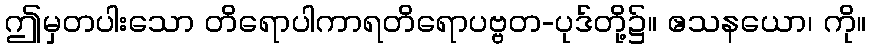
ဤမှတပါးသော တိရောပါကာရတိရောပဗ္ဗတ-ပုဒ်တို့၌။ ဧသနယော၊ ကို။